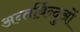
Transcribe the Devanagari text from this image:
अन्तर्बिन्दुओं